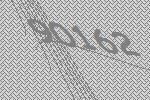
90162